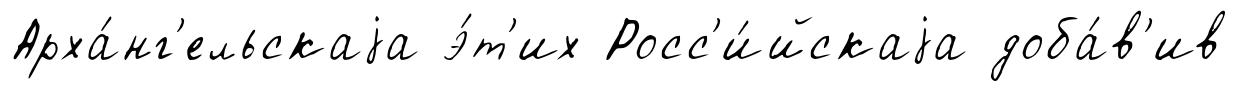
Арха́нг'ельскаjа э́т'их Росс'и́йскаjа доба́в'ив